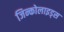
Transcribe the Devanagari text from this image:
जिन्कोलाइड्स